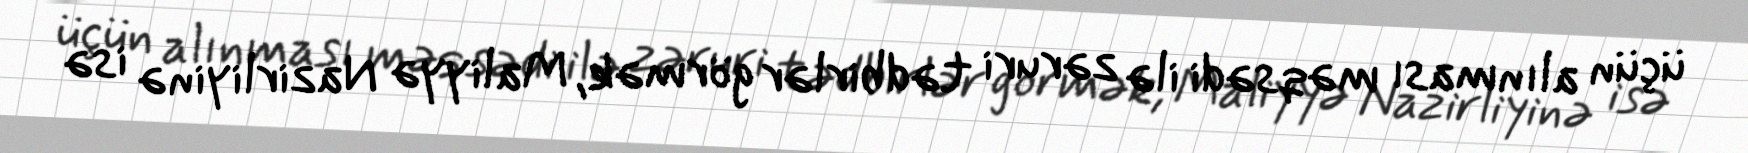
üçün alınması məqsədi ilə zəruri tədbirlər görmək, Maliyyə Nazirliyinə isə